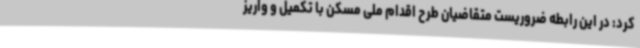
کرد: در این رابطه ضروریست متقاضیان طرح اقدام ملی مسکن با تکمیل و واریز